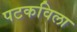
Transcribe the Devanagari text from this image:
पटकविला